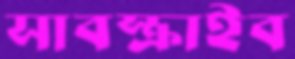
সাবস্ক্রাইব